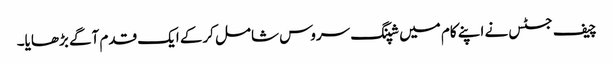
چیف جسٹس نے اپنے کام میں شپنگ سروس شامل کرکے ایک قدم آگے بڑھایا۔